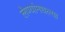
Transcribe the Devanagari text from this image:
लेण्यांमधल्या